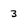
Character: 3